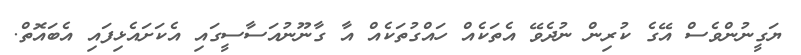
ޔަގީނުންވެސް އޭގެ ކުރިން ނުދެވޭ އެތަކެއް ހައްގުތަކެއް އާ ގާނޫނުއަސާސީގައި އެކަށައެޅިފައި އެބައޮތް.